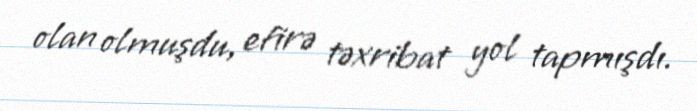
olan olmuşdu, efirə təxribat yol tapmışdı.